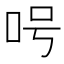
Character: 呺